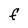
Character: F